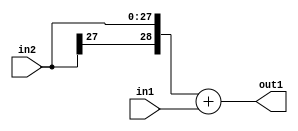
`timescale 1ps / 1ps
/*****************************************************************************
    Verilog RTL Description
    
    
    Created by: Stratus DpOpt 2019.1.01 
*******************************************************************************/

module GaussianFilter_Add_28Sx1U_29S_4 (
	in2,
	in1,
	out1
	); /* architecture "behavioural" */ 
input [27:0] in2;
input  in1;
output [28:0] out1;
wire [28:0] asc001;

assign asc001 = 
	+({in2[27], in2})
	+(in1);

assign out1 = asc001;
endmodule

/* CADENCE  ubH3Tws= : u9/ySgnWtBlWxVPRXgAZ4Og= ** DO NOT EDIT THIS LINE ******/